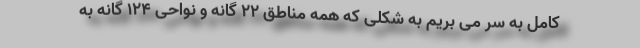
کامل به سر می بریم به شکلی که همه مناطق ۲۲ گانه و نواحی ۱۲۴ گانه به